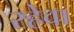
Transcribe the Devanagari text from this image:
रहेवा